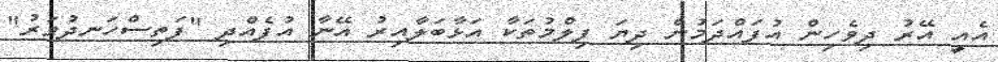
އެއީ އޭރު ދިވެހިން އުފައްދަމުން ދިޔަ ފިލްމުތަކާ އަޅާބަލާއިރު އޭނާ އުފެއްދި "ފަތިސްހަނދުވަރު"